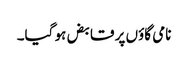
نامی گاؤں پر قابض ہو گیا۔